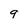
Character: q